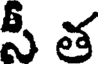
సీ త